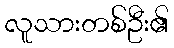
လူသားတစ်ဦး၏